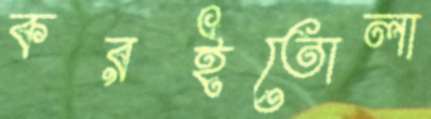
করইতোলা